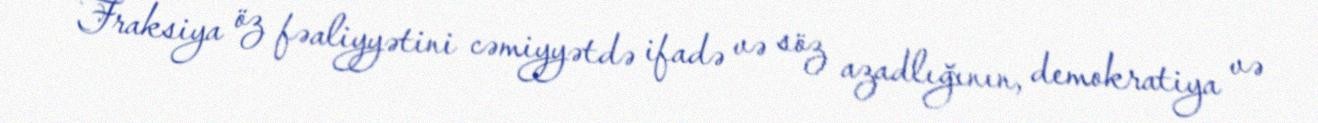
Fraksiya öz fəaliyyətini cəmiyyətdə ifadə və söz azadlığının, demokratiya və